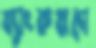
ব্যাংকঋণে